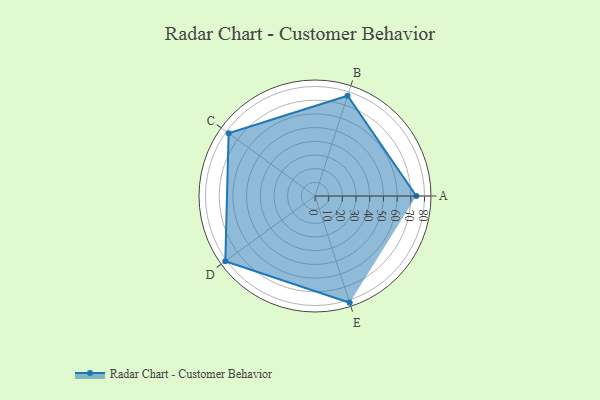
{"axis": {"x": "Skill", "y": "Score"}, "legend": ["Profile"], "data": [{"x": "A", "y": 74.0, "type": "Profile"}, {"x": "B", "y": 77.0, "type": "Profile"}, {"x": "C", "y": 78.0, "type": "Profile"}, {"x": "D", "y": 81.0, "type": "Profile"}, {"x": "E", "y": 82.0, "type": "Profile"}]}